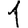
Digit: 1